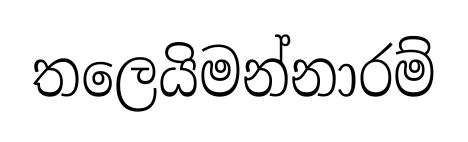
තලෙයිමන්නාරම්